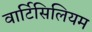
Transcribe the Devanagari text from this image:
वार्टिसिलियम